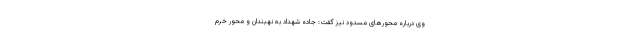
وی درباره محورهای مسدود نیز گفت: جاده شهداد به نهبندان و محور خرم